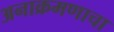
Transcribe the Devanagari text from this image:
अनाक्रमणाचा